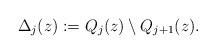
LaTeX: \begin{align*}\Delta_j(z):=Q_j(z)\setminus Q_{j+1}(z).\end{align*}